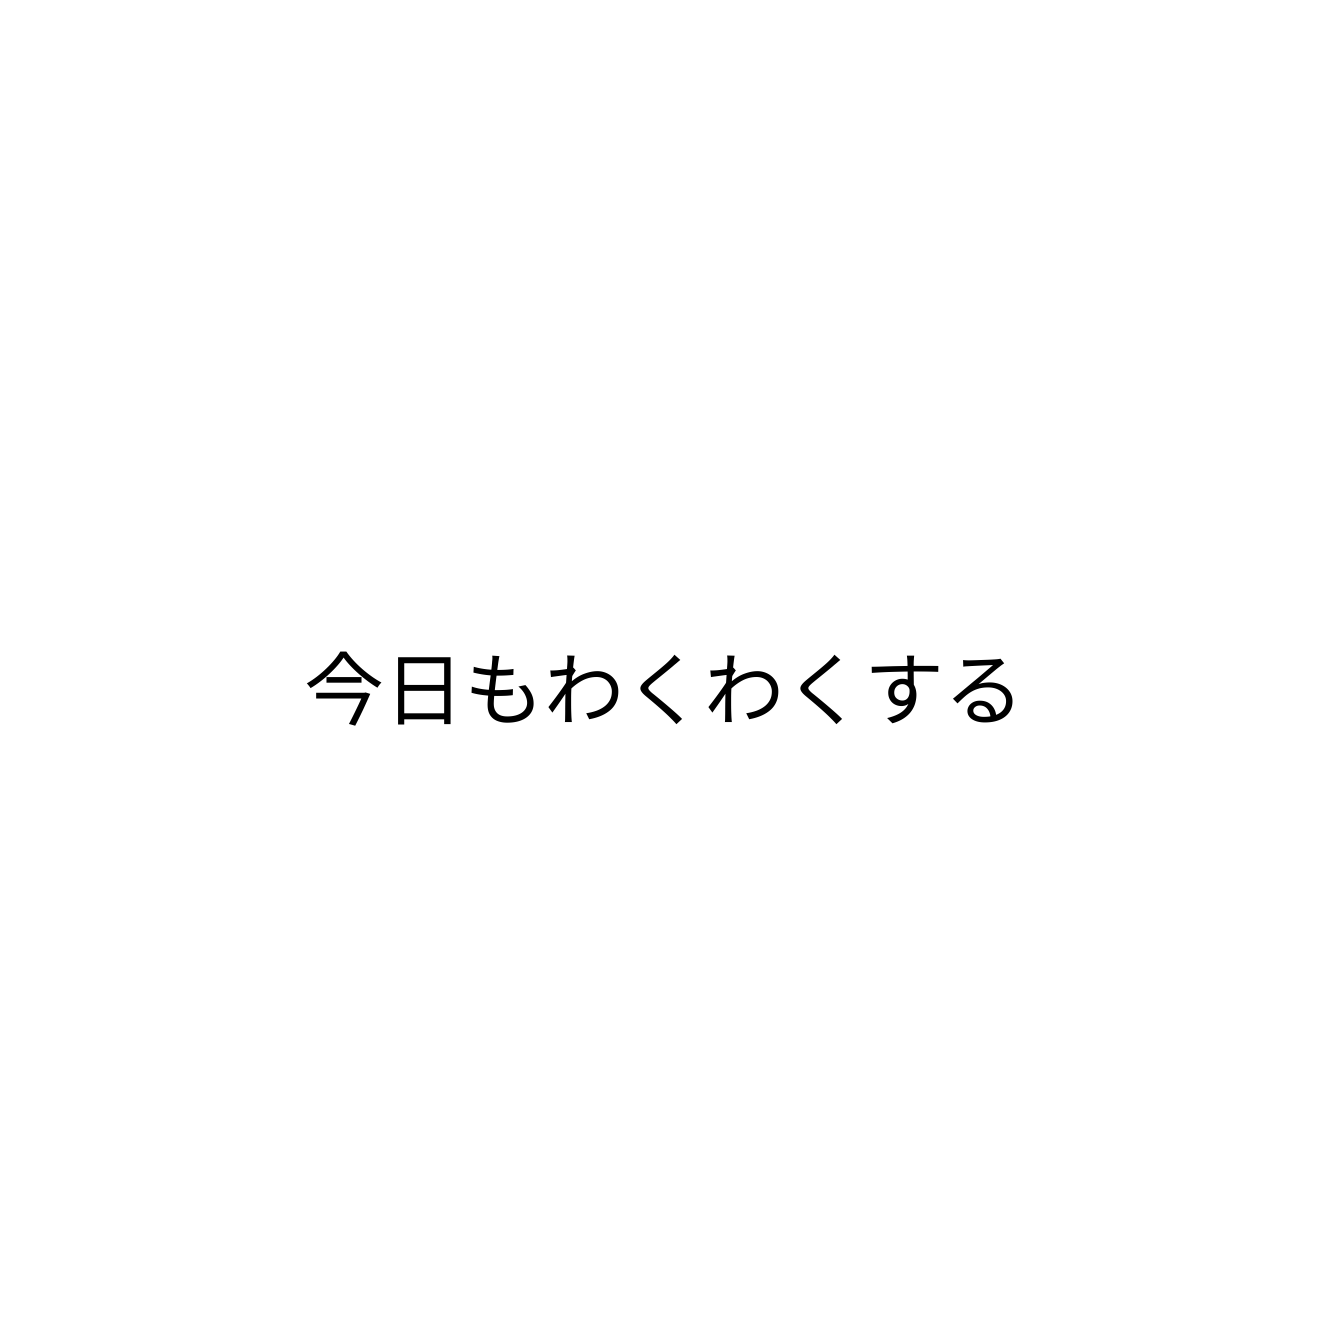
今日もわくわくする